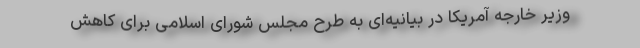
وزیر خارجه آمریکا در بیانیه‌ای به طرح مجلس شورای اسلامی برای کاهش